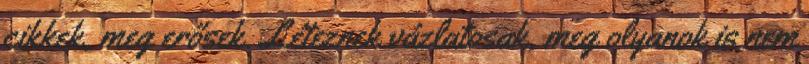
cikkek, meg erősek. Léteznek vázlatosak, meg olyanok is nem